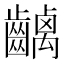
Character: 𪙥